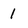
Character: 1